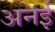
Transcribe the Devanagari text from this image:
अनई